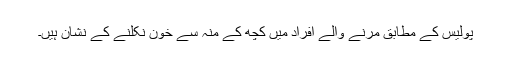
پولیس کے مطابق مرنے والے افراد میں کچھ کے منہ سے خون نکلنے کے نشان ہیں۔